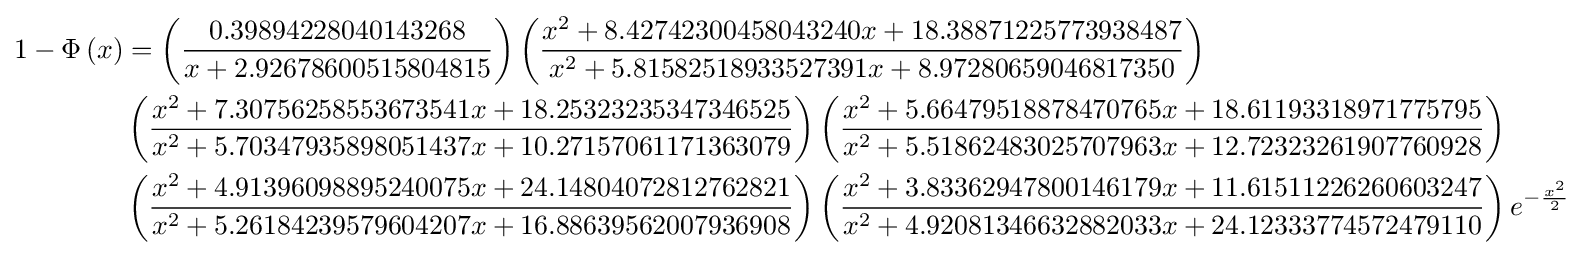
{\textstyle {\begin{aligned}1-\Phi \left(x\right)&=\left({\frac {0.39894228040143268}{x+2.92678600515804815}}\right)\left({\frac {x^{2}+8.42742300458043240x+18.38871225773938487}{x^{2}+5.81582518933527391x+8.97280659046817350}}\right)\\&\left({\frac {x^{2}+7.30756258553673541x+18.25323235347346525}{x^{2}+5.70347935898051437x+10.27157061171363079}}\right)\left({\frac {x^{2}+5.66479518878470765x+18.61193318971775795}{x^{2}+5.51862483025707963x+12.72323261907760928}}\right)\\&\left({\frac {x^{2}+4.91396098895240075x+24.14804072812762821}{x^{2}+5.26184239579604207x+16.88639562007936908}}\right)\left({\frac {x^{2}+3.83362947800146179x+11.61511226260603247}{x^{2}+4.92081346632882033x+24.12333774572479110}}\right)e^{-{\frac {x^{2}}{2}}}\end{aligned}}}